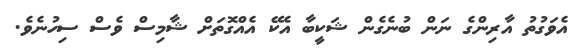
އެވަގުތު އާރިންގެ ނަން ބުނެގެން ޝަކީބާ އެކޭ އެއްގޮތަށް ޝާމިސް ވެސް ސިހުނެވެ.